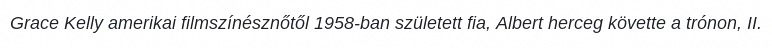
Grace Kelly amerikai filmszínésznőtől 1958-ban született fia, Albert herceg követte a trónon, II.